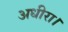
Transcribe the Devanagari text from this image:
अधीरा।